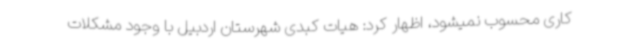
کاری محسوب نمیشود، اظهار کرد: هیات کبدی شهرستان اردبیل با وجود مشکلات